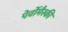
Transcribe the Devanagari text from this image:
पेर्वोमैस्की